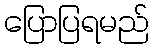
ပြောပြရမည်